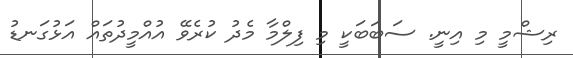
ރިޝްމީ މި އިނީ. ސަބަބަކީ މި ފިލްމާ މެދު ކުރެވޭ އުއްމީދުތައް އަޅުގަނޑު